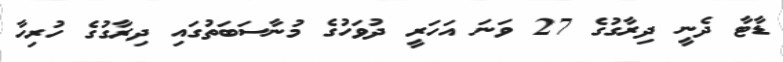
ޑާޓާ ދެނީ ދިރާގުގެ 27 ވަނަ އަހަރީ ދުވަހުގެ މުނާސަބަތުގައި ދިރާގުގެ ހުރިހާ